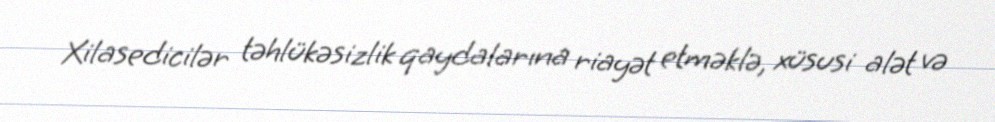
Xilasedicilər təhlükəsizlik qaydalarına riayət etməklə, xüsusi alət və